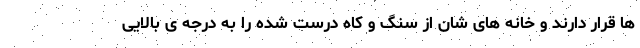
ها قرار دارند و خانه های شان از سنگ و کاه درست شده را به درجه ی بالایی